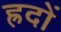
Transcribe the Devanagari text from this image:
ह्रदों